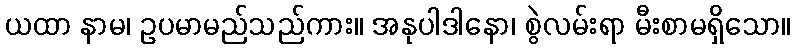
ယထာ နာမ၊ ဥပမာမည်သည်ကား။ အနုပါဒါနော၊ စွဲလမ်းရာ မီးစာမရှိသော။